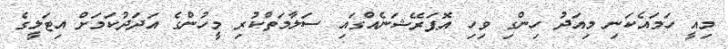
މިއީ ހަމައެކަނި މިއަދު ހިންގި ވިހި އޮޕަރޭޝަނެއްގައި ސަލާމަތްކުރި މީހުންގެ އަދަދުކަމަށް އިޓަލީގެ